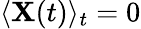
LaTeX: \langle\mathbf{X}(t)\rangle_{t}=0